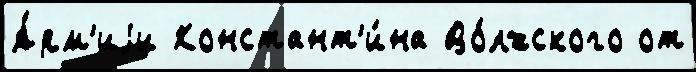
А́рм'иjи Констант'и́на Во́лжского от